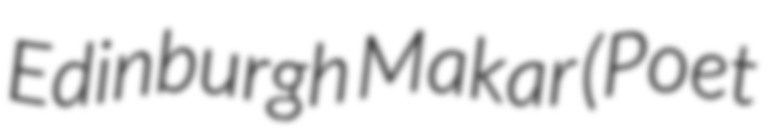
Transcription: Edinburgh Makar (Poet